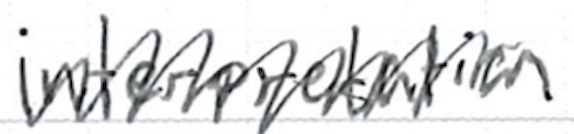
Text: interpretation
Cross-out: zig-zag
Writing tool: ballpoint